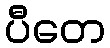
ပီတေ